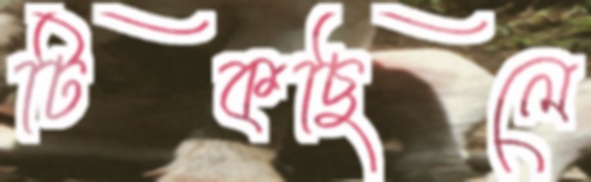
টিকছিলে